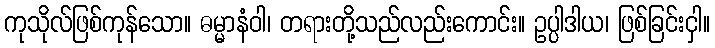
ကုသိုလ်ဖြစ်ကုန်သော။ ဓမ္မာနံဝါ၊ တရားတို့သည်လည်းကောင်း။ ဥပ္ပါဒါယ၊ ဖြစ်ခြင်းငှါ။